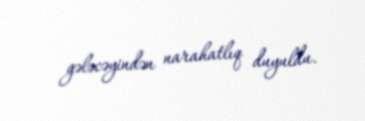
gələcəyindən narahatlıq duyuldu.